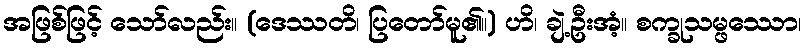
အဖြစ်ဖြင့် သော်လည်း။ (ဒေဿတိ၊ ပြတော်မူ၏။) ဟိ၊ ချဲ့ဦးအံ့။ စက္ခုသမ္ဖဿော၊